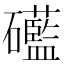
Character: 礷